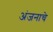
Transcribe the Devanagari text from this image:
अंजनाचे